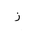
Letter: _zay